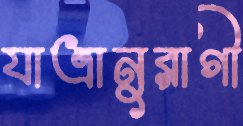
যাত্রানুরাগী